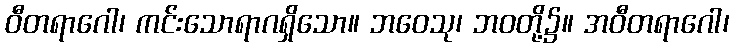
ဝီတရာဂေါ၊ ကင်းသောရာဂရှိသော။ ဘဝေသု၊ ဘဝတို့၌။ အဝီတရာဂေါ၊